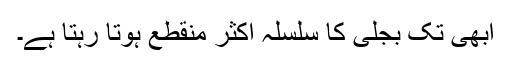
ابھی تک بجلی کا سلسلہ اکثر منقطع ہوتا رہتا ہے۔